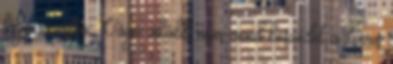
látja szívesen, Vágó inkább nem mond beszédet a közös